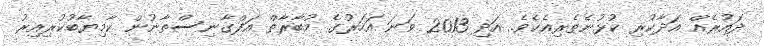
ދައުރެއް އަދާކުރި ކުޅުނެތެރިއެކެވެ. އަދި 2013 ވަނަ އަހަރުގެ މުބާރާތް އަފްގާނިސްތާނުން ކާމިޔާބުކުރިއިރު